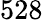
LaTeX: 528